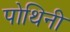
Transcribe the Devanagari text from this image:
पोथिनी